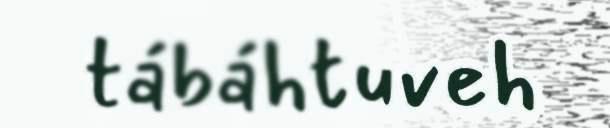
tábáhtuveh